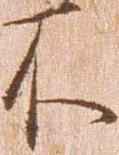
不